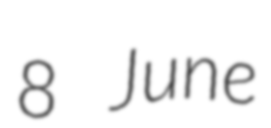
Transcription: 8 June